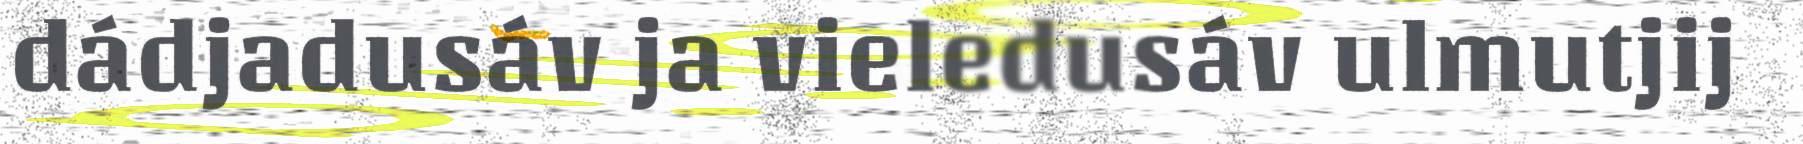
dádjadusáv ja vieledusáv ulmutjij